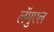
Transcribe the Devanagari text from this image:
लॅमुएल